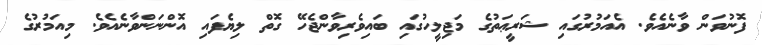
ފޮނުވަން ވާނެއެވެ. އެއަމުރުގައި ޝަރީޢަތުގެ މަޖިލީހުގައި ބައިވެރިވާންޖެހޭ ގޮތް ލިޔެފައި އޮންނަންވާނެއެވެ. މިއަމުރުގެ